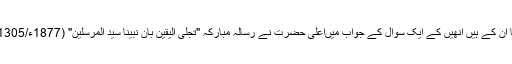
فتاویٰ میں اکثر استفتا ان کے ہیں انھیں کے ایک سوال کے جواب میںاعلیٰ حضرت نے رسالۂ مبارکہ "تجلی الیقین بان نبینا سید المرسلین" (1877ء/1305ھ) تحریر فرمایا تھا۔